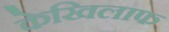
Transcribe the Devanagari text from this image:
केखिलाफ